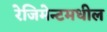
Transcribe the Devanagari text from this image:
रेजिमेन्टमधील